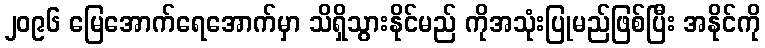
၂၀၉၆ မြေအောက်ရေအောက်မှာ သိရှိသွားနိုင်မည် ကိုအသုံးပြုမည်ဖြစ်ပြီး အနိုင်ကို